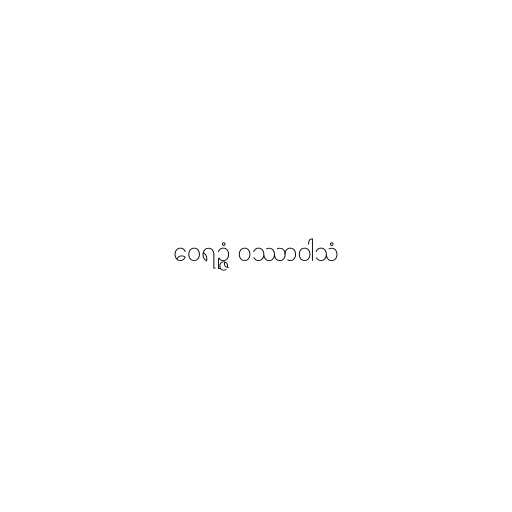
ဝေရဉ္ဇံ ဝဿာဝါသံ